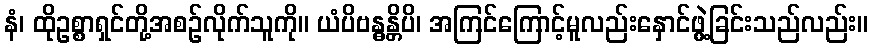
နံ၊ ထိုဥစ္စာရှင်တို့အစဉ်လိုက်သူကို။ ယံပိဗန္ဓန္တိပိ၊ အကြင်ကြောင့်မူလည်းနှောင်ဖွဲ့ခြင်းသည်လည်း။